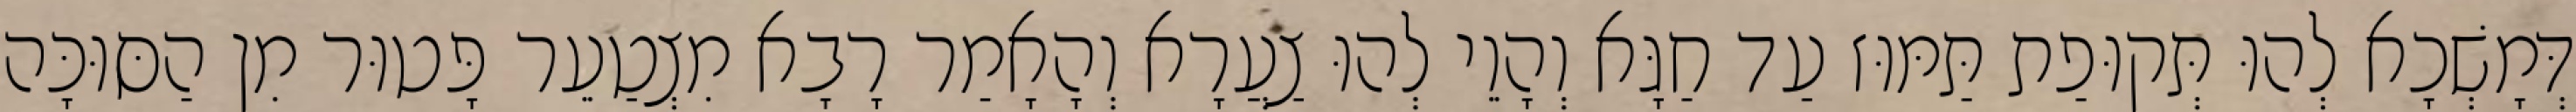
דְּמָשְׁכָא לְהוּ תְּקוּפַת תַּמּוּז עַד חַגָּא וְהָוֵי לְהוּ צַעֲרָא וְהָאָמַר רָבָא מִצְטַעֵר פָּטוּר מִן הַסּוּכָּה